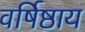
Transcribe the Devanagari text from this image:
वर्षिष्ठाय